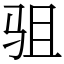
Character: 驵